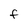
Character: f